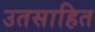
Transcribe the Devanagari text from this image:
उतसाहित